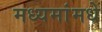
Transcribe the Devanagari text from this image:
मध्यमांमधे